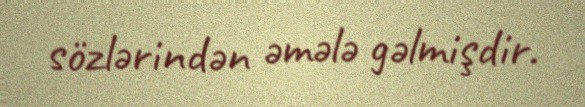
sözlərindən əmələ gəlmişdir.